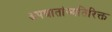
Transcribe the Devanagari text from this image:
अपघातांव्यतिरिक्त